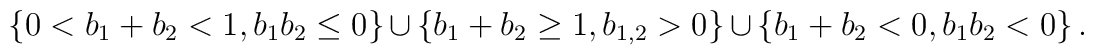
\left\{ 0<b_{1}+b_{2}<1,b_{1}b_{2}\leq 0\right\} \cup \left\{b_{1}+b_{2}\geq 1,b_{1,2}>0\right\} \cup \left\{b_{1}+b_{2}<0,b_{1}b_{2}<0\right\} .